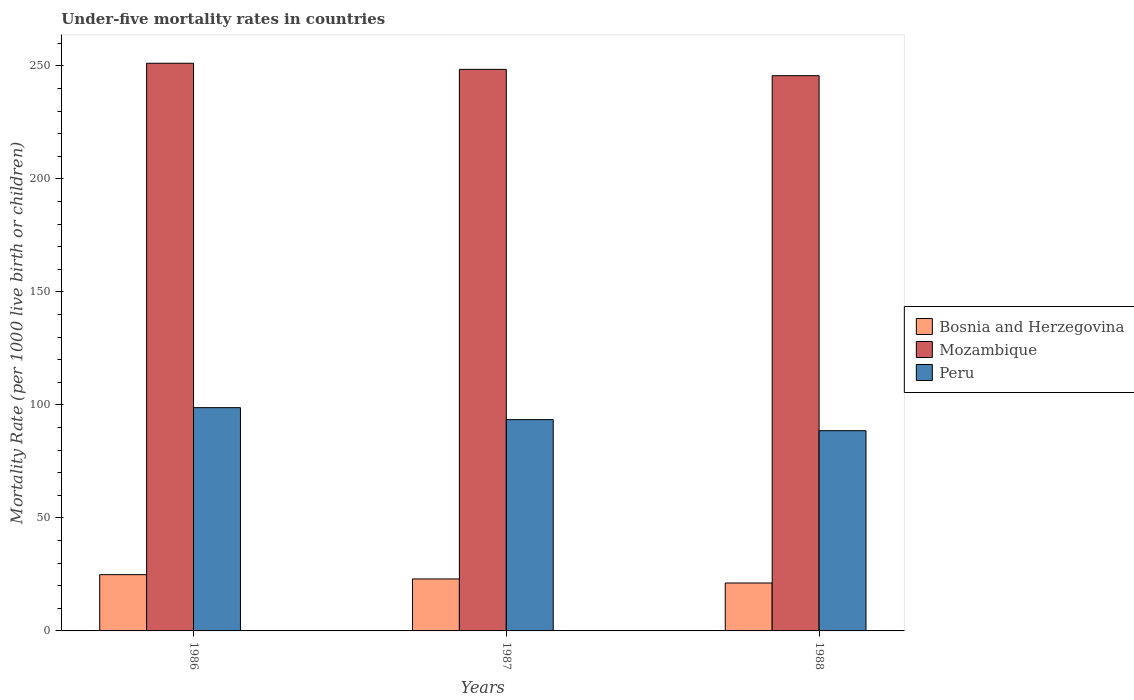
| Years | Bosnia and Herzegovina | Mozambique | Peru |
 | --- | --- | --- | --- |
 | 1986 | 24.9 | 251 | 98.8 |
 | 1987 | 23 | 248 | 93.5 |
 | 1988 | 21.2 | 246 | 88.6 |